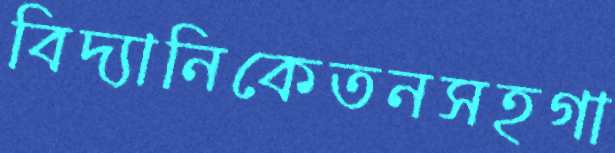
বিদ্যানিকেতনসহগা